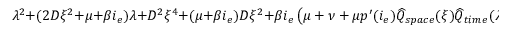
\lambda ^ { 2 } + ( 2 D \xi ^ { 2 } + \mu + \beta i _ { e } ) \lambda + D ^ { 2 } \xi ^ { 4 } + ( \mu + \beta i _ { e } ) D \xi ^ { 2 } + \beta i _ { e } \left( \mu + \nu + \mu p ^ { \prime } ( i _ { e } ) \widehat { Q } _ { s p a c e } ( \xi ) \widehat { Q } _ { t i m e } ( \lambda ) \right) = 0 .